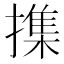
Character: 𢵸